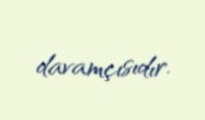
davamçısıdır.